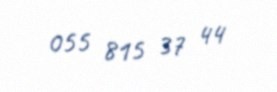
055 815 37 44